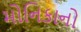
મોનિકાનો